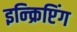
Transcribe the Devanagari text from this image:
इन्क्रिप्टिंग